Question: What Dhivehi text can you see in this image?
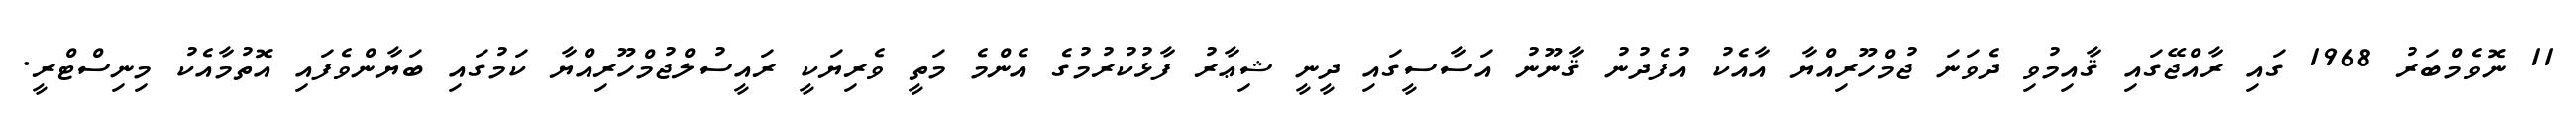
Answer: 11 ނޮވެމްބަރު 1968 ގައި ރާއްޖޭގައި ޤާއިމުވި ދެވަނަ ޖުމްހޫރިއްޔާ އާއެކު އުފެދުނު ޤާނޫނު އަސާސީގައި ދީނީ ޝިޢާރު ފާޅުކުރުމުގެ އެންމެ މަތީ ވެރިޔަކީ ރައީސުލްޖުމްހޫރިއްޔާ ކަމުގައި ބަޔާންވެފައި އޮތުމާއެކު މިނިސްޓްރީ.